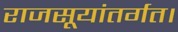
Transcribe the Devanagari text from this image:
राजसूयांतर्गत।